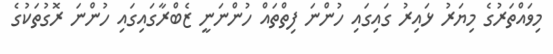
މިވައްތަރުގެ މިޔަރު ޅައިރު ގައިގައި ހުންނަ ފިތްތައް ހުންނަނީ ޒެބްރާގައިގައި ހުންނަ ރޮގުތަކުގެ